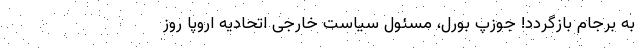
به برجام بازگردد! جوزپ بورل، مسئول سیاست خارجی اتحادیه اروپا روز